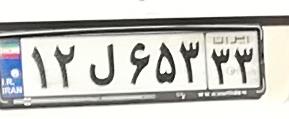
۱۲ل۶۵۲۳۳